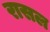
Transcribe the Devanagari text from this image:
रासल